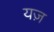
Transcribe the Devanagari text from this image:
यज़